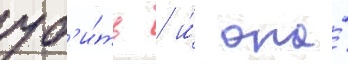
уб'и́ть / и́ она́